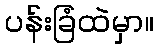
ပန်းခြံထဲမှာ။